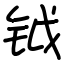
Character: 钺